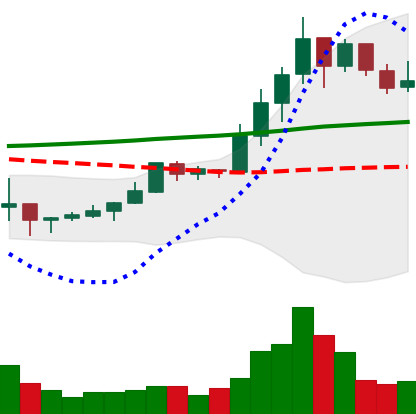
Ticker: LINK-USD
Chart end date: 2019-10-14
Forward return: -7.096%
Label: down_7plus